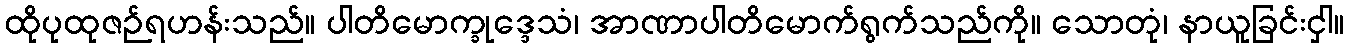
ထိုပုထုဇဉ်ရဟန်းသည်။ ပါတိမောက္ခုဒ္ဒေသံ၊ အာဏာပါတိမောက်ရွက်သည်ကို။ သောတုံ၊ နာယူခြင်းငှါ။